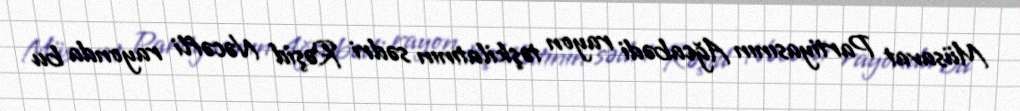
Müsavat Partiyasının Ağcabədi rayon təşkilatının sədri Rəşid Nəcəfli rayonda bu